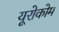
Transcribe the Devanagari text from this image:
यूरोकोम